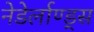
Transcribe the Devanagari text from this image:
नेडेर्लाण्ड्स